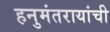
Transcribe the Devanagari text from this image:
हनुमंतरायांची